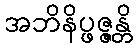
အဘိနိပ္ဖဇ္ဇန္တိ